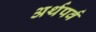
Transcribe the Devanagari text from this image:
अर्थपर्व